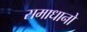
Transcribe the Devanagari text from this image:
समाधानो